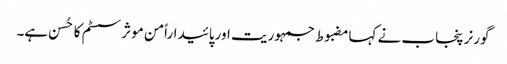
گورنر پنجاب نے کہامضبوط جمہوریت اورپائیداراًمن موثر سسٹم کا حُسن ہے۔